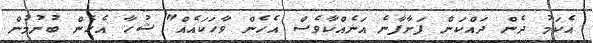
އެކަމު ދެން ދައްކަން ފަށާފާނެ އަނެއްކާވެސް އެހެން ވާހަކައެއް" ޝުހާ އެހެން ބުނުމުން